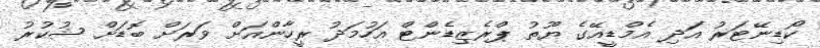
ކޯޑިނޭޓަރު އަދި އެމްޑީއޭގެ ޔޫތު ޕްރެޒިޑެންޓް އަހުމަދު ރީހާންއަށް ވަރަށް ބޮޑަށް ޝުކުރު